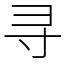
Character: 寻